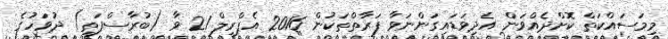
މިމަސައްކަތް ކޮށްދެއްވަން އެދިވަޑައިގަންނަވާ ފަރާތްތަކުން 2016 އެޕްރީލް 21 ވާ (ބުރާސްފަތި) ދުވަހުގެ